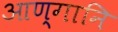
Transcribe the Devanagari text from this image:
आण्गानि